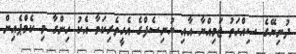
ދުނިޔޭގެ ސިއްހަތު ޖަމިއްޔާ އާއި ޔުނިސެފްގެ އެހީތެރިކަމާ އެކު ހިންގާ މި ކެމްޕެއިން